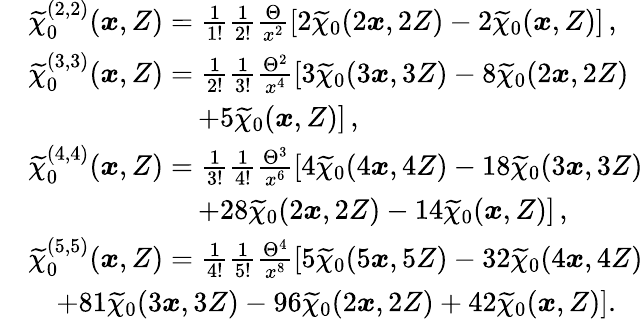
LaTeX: \begin{array}{rl}&{\widetilde{\chi}_{0}^{(2,2)}(\boldsymbol{x},Z)=\frac{1}{1!}\frac{1}{2!}\frac{\Theta}{x^{2}}\left[2\widetilde{\chi}_{0}(2\boldsymbol{x},2Z)-2\widetilde{\chi}_{0}(\boldsymbol{x},Z)\right]\, ,}\\ &{\widetilde{\chi}_{0}^{(3,3)}(\boldsymbol{x},Z)=\frac{1}{2!}\frac{1}{3!}\frac{\Theta^{2}}{x^{4}}\left[3\widetilde{\chi}_{0}(3\boldsymbol{x},3Z)-8\widetilde{\chi}_{0}(2\boldsymbol{x},2Z)\right.}\\ &{\quad\quad\quad\quad\quad\quad\left.+5\widetilde{\chi}_{0}(\boldsymbol{x},Z)\right]\, ,}\\ &{\widetilde{\chi}_{0}^{(4,4)}(\boldsymbol{x},Z)=\frac{1}{3!}\frac{1}{4!}\frac{\Theta^{3}}{x^{6}}\left[4\widetilde{\chi}_{0}(4\boldsymbol{x},4Z)-18\widetilde{\chi}_{0}(3\boldsymbol{x},3Z)\right.}\\ &{\quad\quad\quad\quad\quad\quad\left.+28\widetilde{\chi}_{0}(2\boldsymbol{x},2Z)-14\widetilde{\chi}_{0}(\boldsymbol{x},Z)\right]\, ,}\\ &{\widetilde{\chi}_{0}^{(5,5)}(\boldsymbol{x},Z)=\frac{1}{4!}\frac{1}{5!}\frac{\Theta^{4}}{x^{8}}\left[5\widetilde{\chi}_{0}(5\boldsymbol{x},5Z)-32\widetilde{\chi}_{0}(4\boldsymbol{x},4Z)\right.}\\ &{\quad\left.+81\widetilde{\chi}_{0}(3\boldsymbol{x},3Z)-96\widetilde{\chi}_{0}(2\boldsymbol{x},2Z)+42\widetilde{\chi}_{0}(\boldsymbol{x},Z)\right].}\end{array}